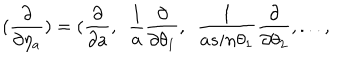
LaTeX: ( \frac { \partial } { \partial \eta _ { a } } ) = ( \frac { \partial } { \partial a } , ~ ~ \frac { 1 } { a } \frac { \partial } { \partial \theta _ { 1 } } , ~ ~ \frac { 1 } { a s i n { \theta _ { 1 } } } \frac { \partial } { \partial \theta _ { 2 } } , . . . ,